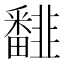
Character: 𩐏